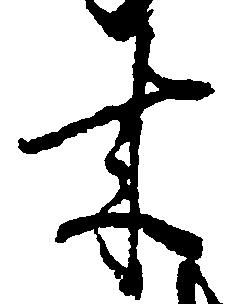
来